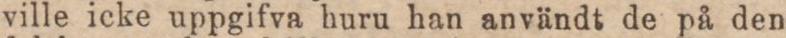
ville icke uppgifva huru han användt de på den